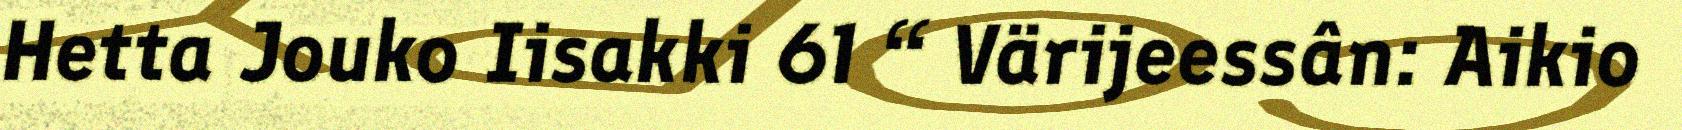
Hetta Jouko Iisakki 61 “ Värijeessân: Aikio